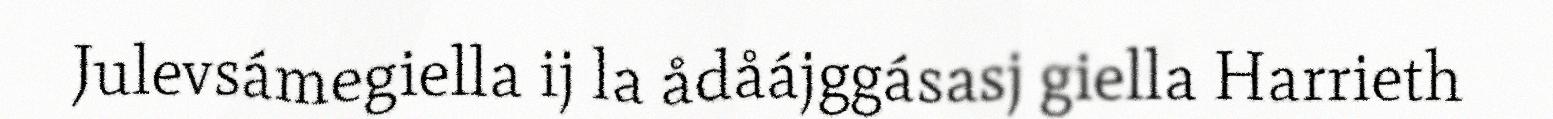
Julevsámegiella ij la ådåájggásasj giella Harrieth